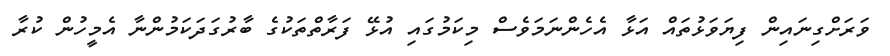
ވަރަށްގިނައިން ފިޔަވަޅުތައް އަޅާ އެހެންނަމަވެސް މިކަމުގައި އުޅޭ ފަރާތްތަކުގެ ބާރުގަދަކަމުންނާ އެމީހުން ކުރާ